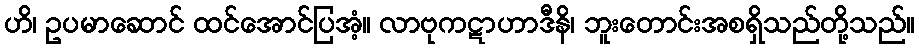
ဟိ၊ ဥပမာဆောင် ထင်အောင်ပြအံ့။ လာဗုကဋာဟာဒီနိ၊ ဘူးတောင်းအစရှိသည်တို့သည်။